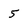
Character: 5